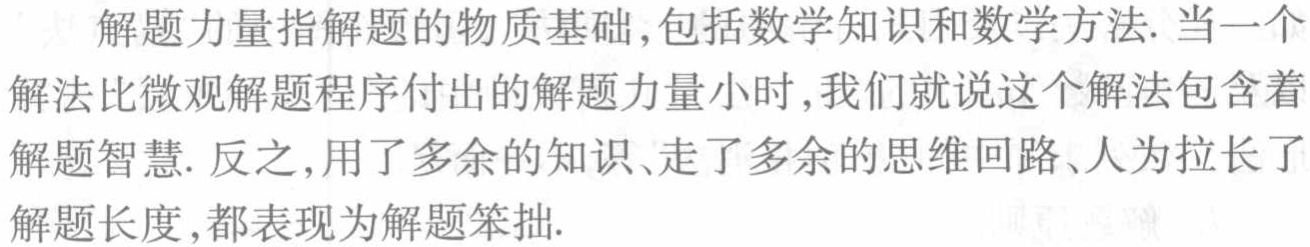
解题力量指解题的物质基础,包括数学知识和数学方法. 当一个解法比微观解题程序付出的解题力量小时,我们就说这个解法包含着解题智慧. 反之,用了多余的知识、走了多余的思维回路、人为拉 长了解题长度,都表现为解题笨拙.